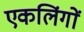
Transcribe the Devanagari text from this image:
एकलिंगों